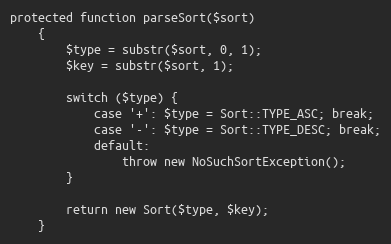
Language: PHP
protected function parseSort($sort)
    {
        $type = substr($sort, 0, 1);
        $key = substr($sort, 1);

        switch ($type) {
            case '+': $type = Sort::TYPE_ASC; break;
            case '-': $type = Sort::TYPE_DESC; break;
            default:
                throw new NoSuchSortException();
        }

        return new Sort($type, $key);
    }